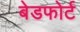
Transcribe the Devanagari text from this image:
बेडफोर्ट